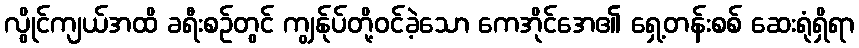
လွိုင်ကျယ်အထိ ခရီးစဉ်တွင် ကျွန်ုပ်တို့ဝင်ခဲ့သော ကေအိုင်အေ၏ ရှေ့တန်းစစ် ဆေးရုံရှိရာ